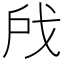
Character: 𫼉